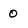
Character: 0